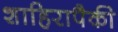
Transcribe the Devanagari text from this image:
शाहिरापैकी